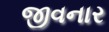
જીવનાર